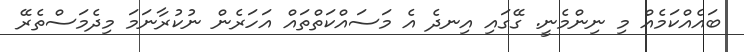
ބައެއްކަމެއް މި ނިންމެނީ. ގޭގައި އިނދެ އެ މަސައްކަތްތައް އަހަރެން ނުކުރާނަމަ މިދެމަސްތެރޭ